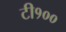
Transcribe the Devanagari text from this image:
टी१००